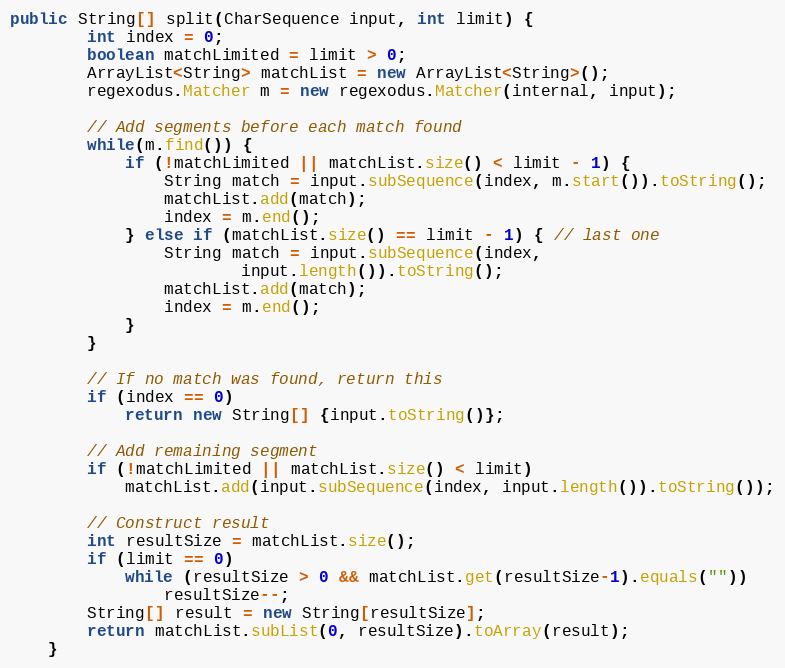
Language: Java
public String[] split(CharSequence input, int limit) {
        int index = 0;
        boolean matchLimited = limit > 0;
        ArrayList<String> matchList = new ArrayList<String>();
        regexodus.Matcher m = new regexodus.Matcher(internal, input);

        // Add segments before each match found
        while(m.find()) {
            if (!matchLimited || matchList.size() < limit - 1) {
                String match = input.subSequence(index, m.start()).toString();
                matchList.add(match);
                index = m.end();
            } else if (matchList.size() == limit - 1) { // last one
                String match = input.subSequence(index,
                        input.length()).toString();
                matchList.add(match);
                index = m.end();
            }
        }

        // If no match was found, return this
        if (index == 0)
            return new String[] {input.toString()};

        // Add remaining segment
        if (!matchLimited || matchList.size() < limit)
            matchList.add(input.subSequence(index, input.length()).toString());

        // Construct result
        int resultSize = matchList.size();
        if (limit == 0)
            while (resultSize > 0 && matchList.get(resultSize-1).equals(""))
                resultSize--;
        String[] result = new String[resultSize];
        return matchList.subList(0, resultSize).toArray(result);
    }